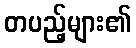
တပည့်များ၏